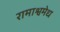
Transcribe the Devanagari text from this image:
रामाश्वमेध